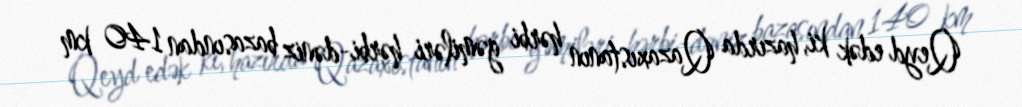
Qeyd edək ki, hazırda Qazaxıstanın hərbi gəmiləri hərbi-dəniz bazasından 140 km